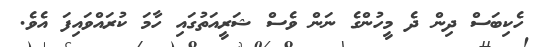
ހެކިބަސް ދިން ދެ މީހުންގެ ނަން ވެސް ޝަރީއަތުގައި ހާމަ ކުރައްވައިފަ އެވެ.